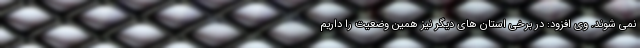
نمی شوند. وی افزود: در برخی استان های دیگر نیز همین وضعیت را داریم